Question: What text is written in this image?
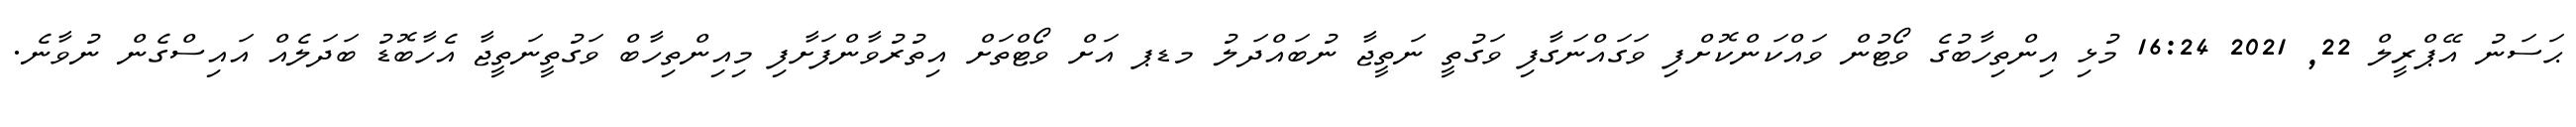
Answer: ޙަސަނު އޭޕްރީލް 22, 2021 16:24 މުޅި އިންތިހާބުގެ ވޯޓުން ވައްކަންކޮށްފި ވަގައްނަގާފި ވަގުތީ ނަތީޖާ ނުބައްދަލު މޑޕ އަށް ވޯޓްތަށް އިތުރުވާންފަށާފި މިއިންތިހާބް ވަގުތީނަތީޖާ އެހާބޮޑު ބަދަލެއް އައިސްގެން ނުވާނެ.